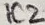
Text: IC2